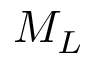
M _ { L }